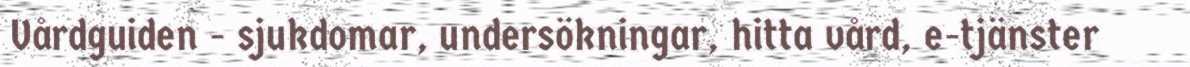
Vårdguiden - sjukdomar, undersökningar, hitta vård, e-tjänster